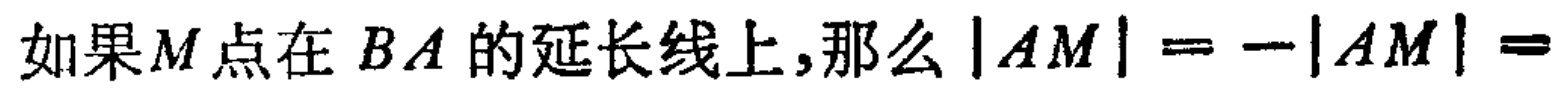
如果\(M\)点在 \(BA\)的延长线上,那么\(\vert AM\vert = -\vert AM\vert =\)